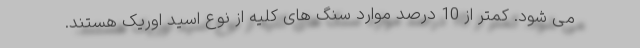
می شود. کمتر از 10 درصد موارد سنگ های کلیه از نوع اسید اوریک هستند.